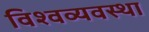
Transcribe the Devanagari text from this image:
विश्वव्यवस्था